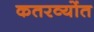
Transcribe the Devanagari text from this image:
कतरव्योंत